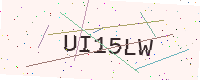
Text: UI15LW